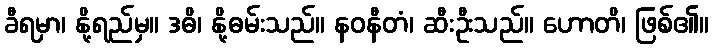
ခီရမှာ၊ နို့ရည်မှ။ ဒဓိ၊ နို့ဓမ်းသည်။ နဝနီတံ၊ ဆီးဦးသည်။ ဟောတိ၊ ဖြစ်၏။